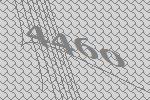
4460